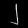
Digit: ၂